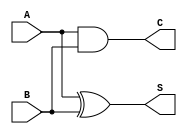
module HalfAdder(A, B, S, C);
	output		S, C;
	input		A, B;

	// Using boolean algebra
	assign C = A&B;
	assign S = A^B;

	// Using logic gates
	//and			G1(C, A, B);
 	//xor			(S, A, B);
endmodule



module FullAdder (a, b, c, sum, carry);
	output sum;
	output carry;

	input a, b, c;

	HalfAdder ha1 (a, b, s0, c0);
	HalfAdder ha2 (c, s0, sum, c1);

	// Using boolean algebra
	assign carry = c0^c1;

	// Using logic gates:
	//xor (carry, c0, c1);
endmodule